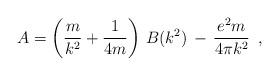
LaTeX: \begin{align*}A = \left(\frac{m}{k^2} + \frac{1}{4m} \right) \,B(k^2) \,- \,\frac{e^2 m}{4 \pi k^2}\,\,\,, \\\end{align*}